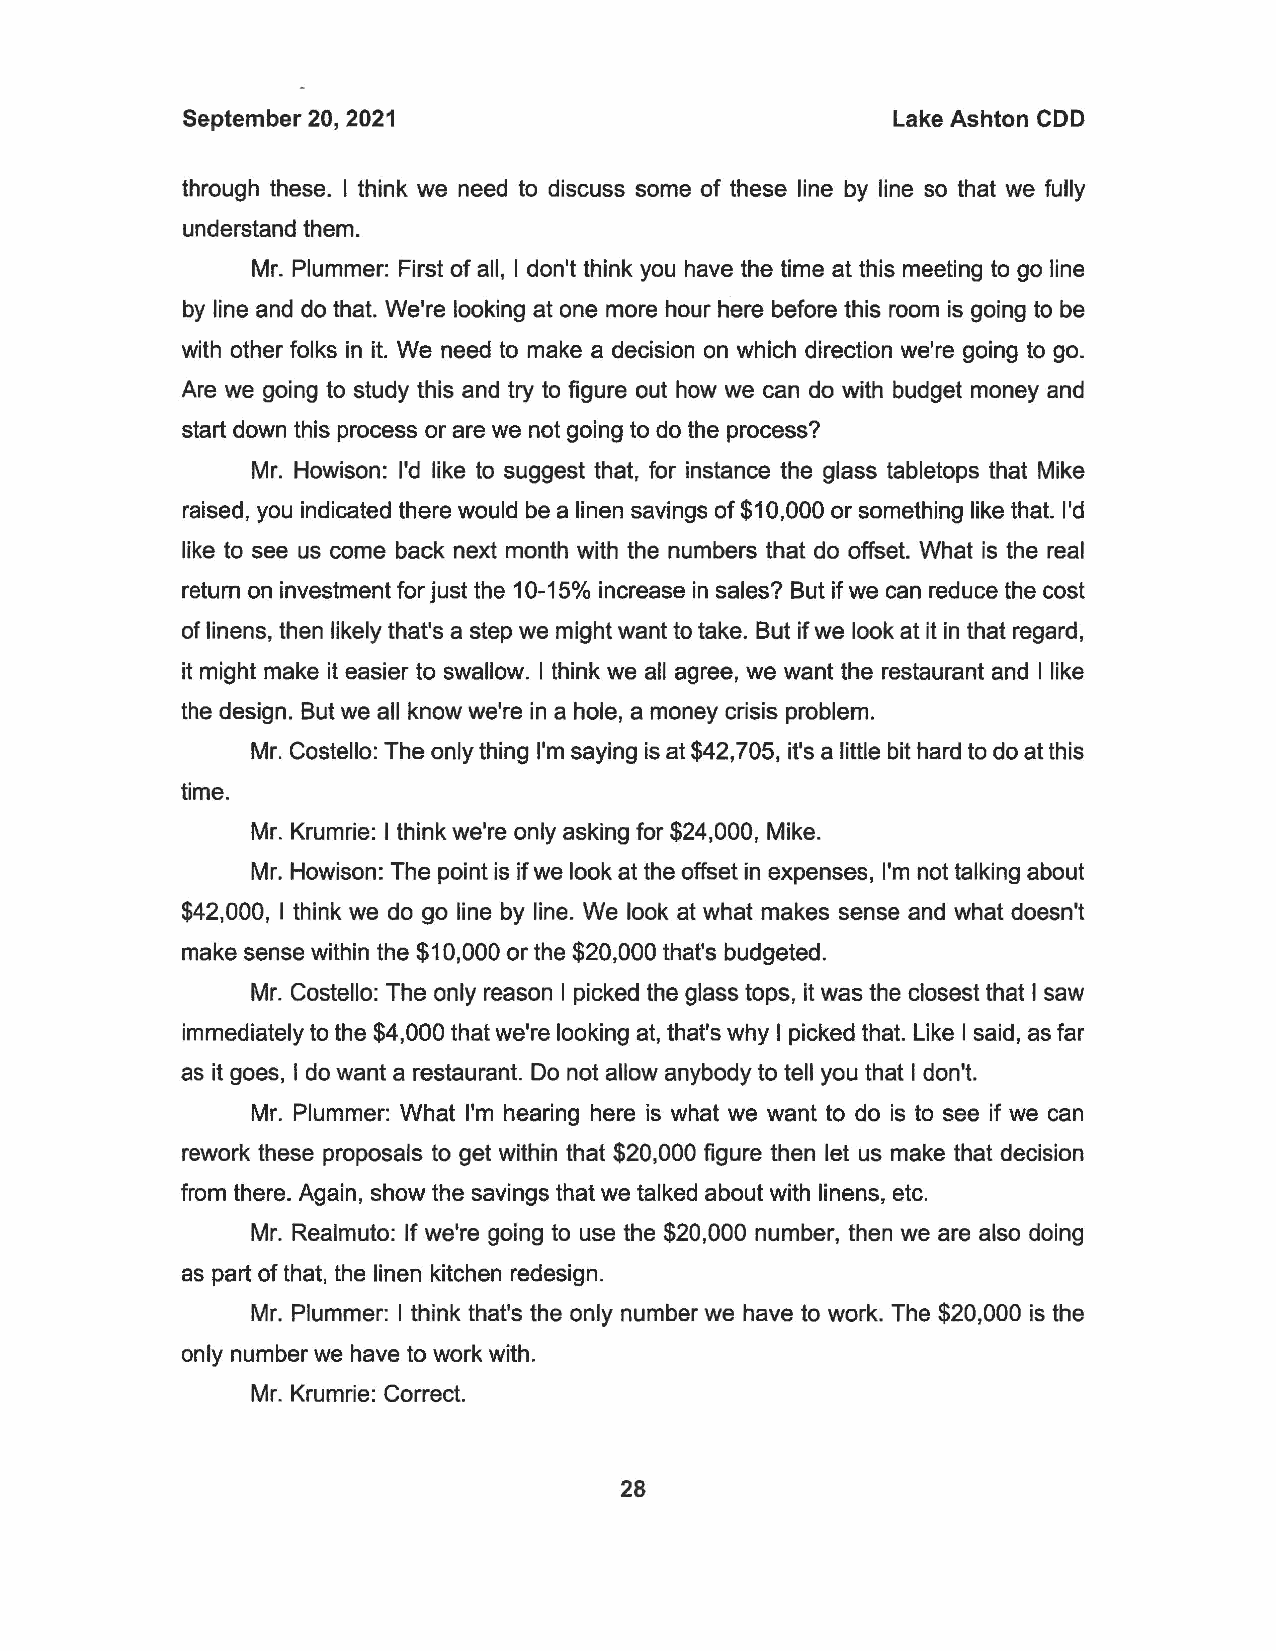
September 20, 2021                            Lake Ashton COD
 through these. I think we need to discuss some of these line by line so that we fully
 understand them.
 Mr. Plummer: First of all, I don't think you have the time at this meeting to go line
 by line and do that. We're looking at one more hour here before this room is going to be
 with other folks in it. We need to make a decision on which direction we're going to go.
 Are we going to study this and try to figure out how we can do with budget money and
 start down this process or are we not going to do the process?
 Mr. Howison: I'd like to suggest that, for instance the glass tabletops that Mike
 raised, you indicated there would be a linen savings of $10,000 or something like that. I'd
 like to see us come back next month with the numbers that do offset. What is the real
 return on investment for just the 10-15% increase in sales? But if we can reduce the cost
 of linens, then likely that's a step we might want to take. But if we look at it in that regard,
 it might make it easier to swallow. I think we all agree, we want the restaurant and I like
 the design. But we all know we're in a hole, a money crisis problem.
 Mr. Costello: The only thing I'm saying is at $42,705, it's a little bit hard to do at this
 time.
 Mr. Krumrie: I think we're only asking for $24,000, Mike.
 Mr. Howison: The point is if we look at the offset in expenses, I'm not talking about
 $42,000, I think we do go line by line. We look at what makes sense and what doesn't
 make sense within the $10,000 or the $20,000 that's budgeted.
 Mr. Costello: The only reason I picked the glass tops, it was the closest that I saw
 immediately to the $4,000 that we're looking at, that's why I picked that. Like I said, as far
 as it goes, I do want a restaurant. Do not allow anybody to tell you that I don't.
 Mr. Plummer: What I'm hearing here is what we want to do is to see if we can
 rework these proposals to get within that $20,000 figure then let us make that decision
 from there. Again, show the savings that we talked about with linens, etc.
 Mr. Realmuto: If we're going to use the $20,000 number, then we are also doing
 as part of that, the linen kitchen redesign.
 Mr. Plummer: I think that's the only number we have to work. The $20,000 is the
 only number we have to work with.
 Mr. Krumrie: Correct.
 28